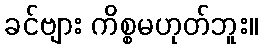
ခင်ဗျား ကိစ္စမဟုတ်ဘူး။